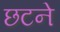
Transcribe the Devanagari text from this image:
छटने